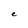
Character: e